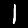
Digit: 1